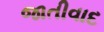
જાતીવાદ